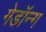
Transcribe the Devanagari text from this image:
गेडॉन्ग